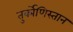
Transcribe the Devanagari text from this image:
तुर्क्मेणिस्तान